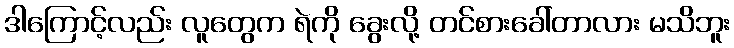
ဒါကြောင့်လည်း လူတွေက ရဲကို ခွေးလို့ တင်စားခေါ်တာလား မသိဘူး